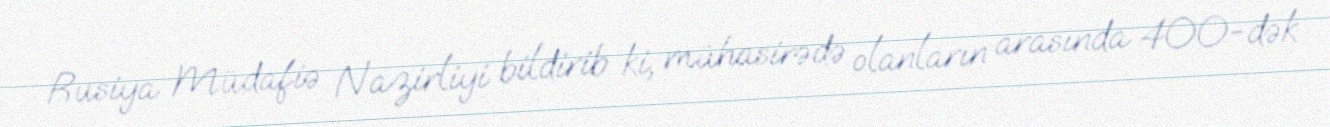
Rusiya Müdafiə Nazirliyi bildirib ki, mühasirədə olanların arasında 400-dək